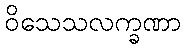
ဝိသေသလက္ခဏာ